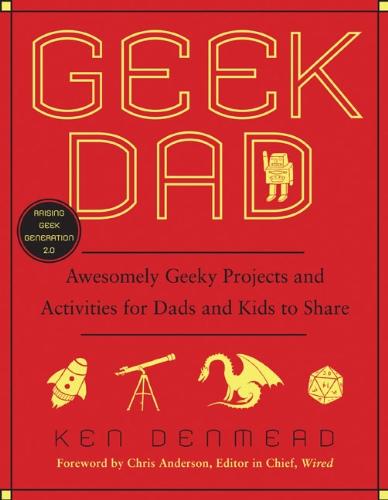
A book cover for Geek Dad: Awesomely Geeky Projects and Activities for Dads and Kids to Share; Ken Denmead; Parenting & Relationships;